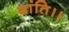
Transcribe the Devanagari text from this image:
शांति।।